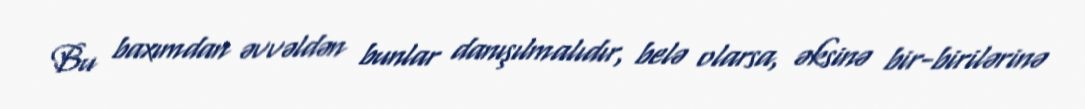
Bu baxımdan əvvəldən bunlar danışılmalıdır, belə olarsa, əksinə bir-birilərinə